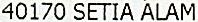
40170 SETIA ALAM